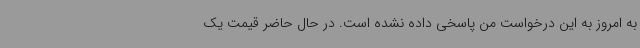
به امروز به این درخواست من پاسخی داده نشده است. در حال حاضر قیمت یک